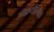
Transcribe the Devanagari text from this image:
ऑफ़थैल्मिक